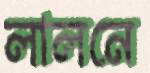
লালনে